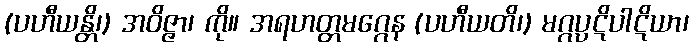
(ပဟီယန္တိ၊) အဝိဇ္ဇာ၊ ကို။ အရဟတ္တမဂ္ဂေန (ပဟီယတိ၊) မဂ္ဂပ္ပဋိပါဋိယာ၊